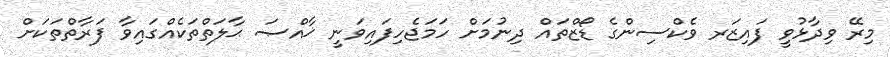
މިރޭ ވިދާޅުވީ ފައިޒަަރ ވެކްސިންގެ ޑޯޒްތައް ދިނުމަށް ހަމަޖެހިފައިވަނީ ޚާއްޞަ ޙާލަތްތަކެއްގައިވާ ފަރާތްތަކަށް